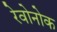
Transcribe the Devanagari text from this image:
रेवोनोक